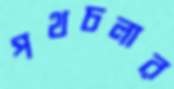
পথচলার